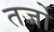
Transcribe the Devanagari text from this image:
तर्जो